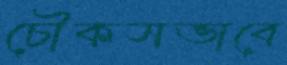
চৌকসভাবে